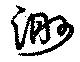
渺